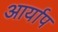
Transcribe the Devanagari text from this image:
आर्याप